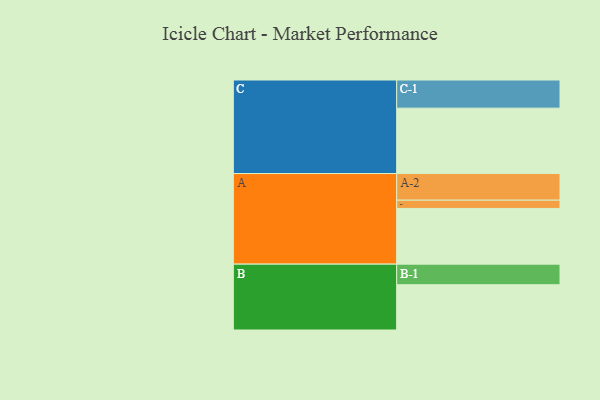
{"axis": {"x": "Segment", "y": "Value"}, "legend": ["", "A", "B", "C"], "data": [{"x": "A", "y": 479, "type": ""}, {"x": "B", "y": 389, "type": ""}, {"x": "C", "y": 562, "type": ""}, {"x": "A-1", "y": 71, "type": "A"}, {"x": "A-2", "y": 229, "type": "A"}, {"x": "B-1", "y": 177, "type": "B"}, {"x": "C-1", "y": 242, "type": "C"}]}